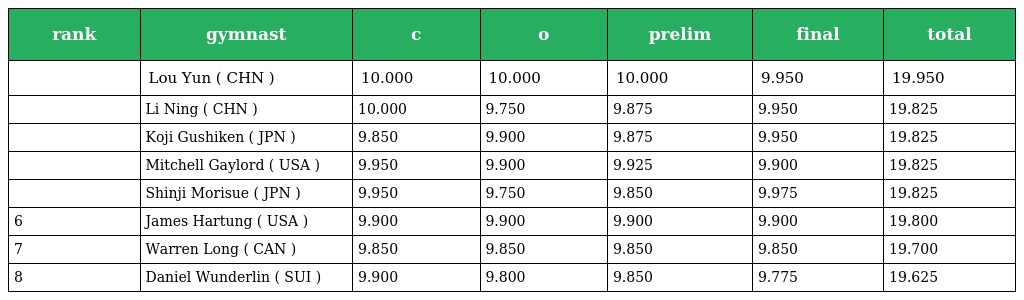
| rank | gymnast | c | o | prelim | final | total |
 | --- | --- | --- | --- | --- | --- | --- |
 |  | Lou Yun ( CHN ) | 10.000 | 10.000 | 10.000 | 9.950 | 19.950 |
 |  | Li Ning ( CHN ) | 10.000 | 9.750 | 9.875 | 9.950 | 19.825 |
 |  | Koji Gushiken ( JPN ) | 9.850 | 9.900 | 9.875 | 9.950 | 19.825 |
 |  | Mitchell Gaylord ( USA ) | 9.950 | 9.900 | 9.925 | 9.900 | 19.825 |
 |  | Shinji Morisue ( JPN ) | 9.950 | 9.750 | 9.850 | 9.975 | 19.825 |
 | 6 | James Hartung ( USA ) | 9.900 | 9.900 | 9.900 | 9.900 | 19.800 |
 | 7 | Warren Long ( CAN ) | 9.850 | 9.850 | 9.850 | 9.850 | 19.700 |
 | 8 | Daniel Wunderlin ( SUI ) | 9.900 | 9.800 | 9.850 | 9.775 | 19.625 |